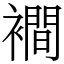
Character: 襇